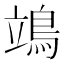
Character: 鴗